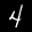
Label: 4